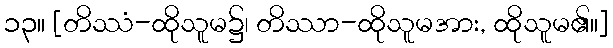
၁၃။ [တိဿံ-ထိုသူမ၌၊ တိဿာ-ထိုသူမအား, ထိုသူမ၏။]